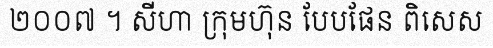
២០០៧ ។ សីហា ក្រុមហ៊ុន បែបផែន ពិសេស